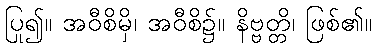
ပြု၍။ အဝီစိမှိ၊ အဝီစိ၌။ နိဗ္ဗတ္တိ၊ ဖြစ်၏။